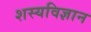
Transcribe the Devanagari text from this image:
शस्यविज्ञान